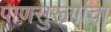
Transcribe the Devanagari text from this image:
पाणसुरूंगांचा